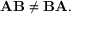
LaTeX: \mathbf { A B } \neq \mathbf { B A } .